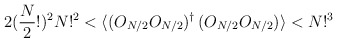
\begin{align*}2(\frac{N}{2}!)^2N!^2<\langle (O_{N/2} O_{N/2})^\dagger\, (O_{N/2} O_{N/2}) \rangle <N!^3\end{align*}